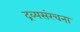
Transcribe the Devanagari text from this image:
द्रव्यसंरचना